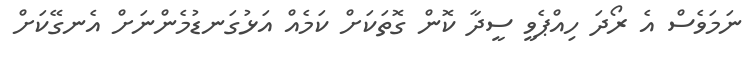
ނަމަވެސް އެ ރޯދަ ހިއްޕެވީ ސީދާ ކޮން ގޮތަކަށް ކަމެއް އަޅުގަނޑުމެންނަށް އެނގޭކަށް